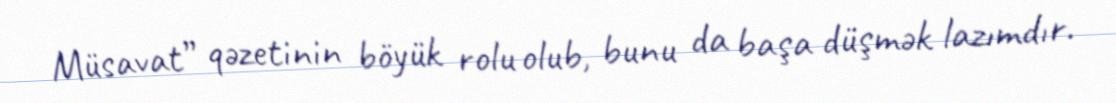
Müsavat” qəzetinin böyük rolu olub, bunu da başa düşmək lazımdır.